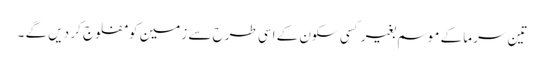
تین سرما کے موسم بغیر کسی سکون کے اسی طرح سے زمین کو مفلوج کر دیں گے ۔